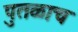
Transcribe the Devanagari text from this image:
पुतळाच